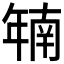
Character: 𫷜